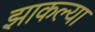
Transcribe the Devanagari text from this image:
झाकल्या